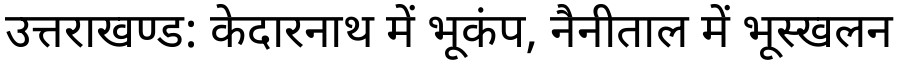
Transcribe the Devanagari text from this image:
उत्तराखण्ड: केदारनाथ में भूकंप, नैनीताल में भूस्खलन